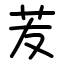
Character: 苃